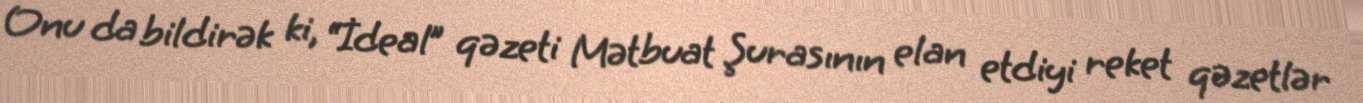
Onu da bildirək ki, “İdeal” qəzeti Mətbuat Şurasının elan etdiyi reket qəzetlər